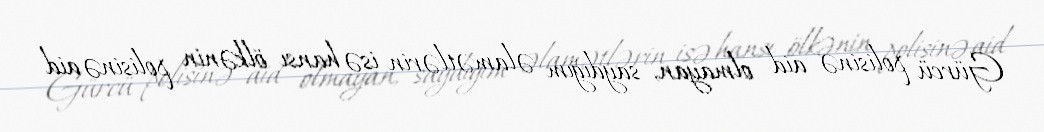
Gürcü polisinə aid olmayan, saydığım əlamətlərin isə hansı ölkənin polisinə aid